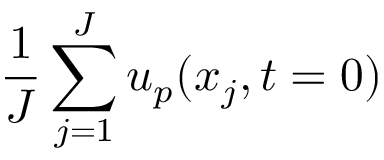
\frac { 1 } { J } \sum _ { j = 1 } ^ { J } u _ { p } ( x _ { j } , t = 0 )